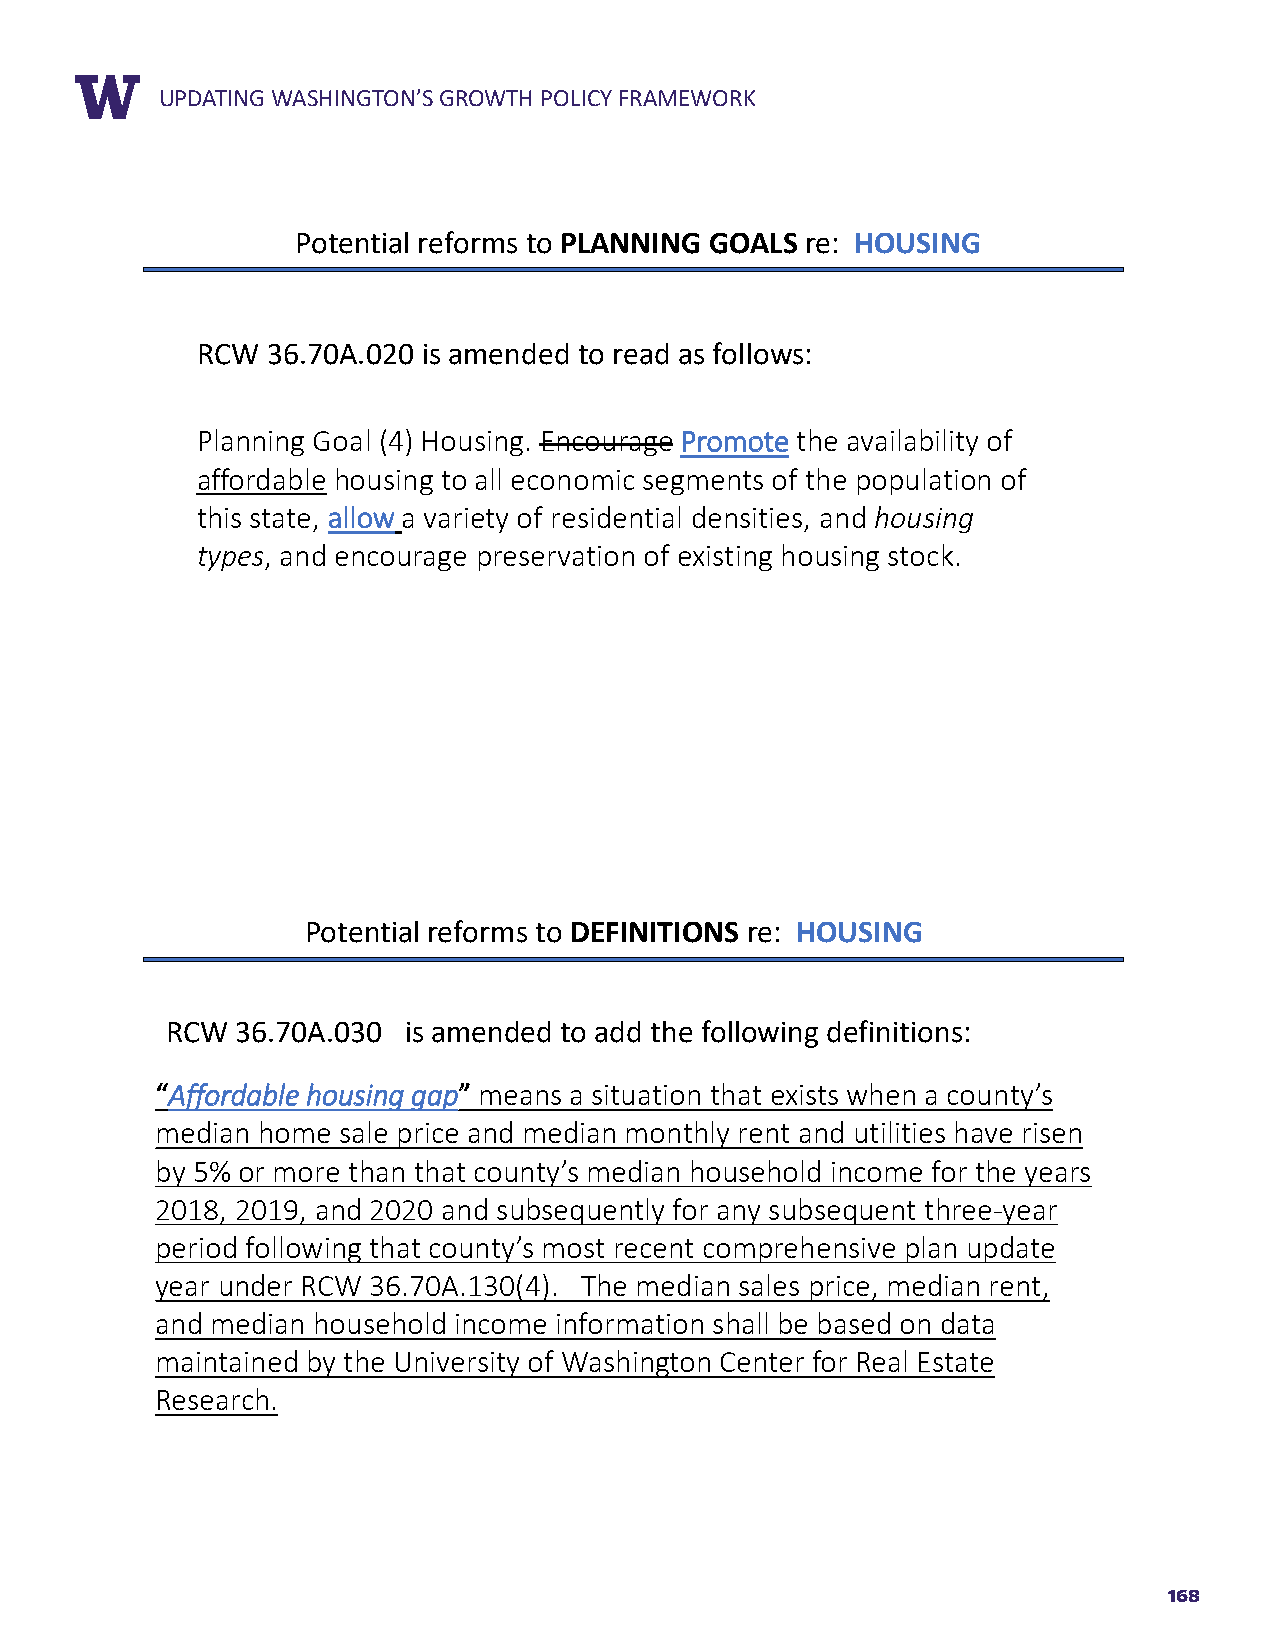
RUEPPDOARTTIN TGIT WLEASHINGTON’S GROWTH POLICY FRAMEWORK
 Potential reforms to PLANNING GOALS re: HOUSING
 RCW  36.70A.020 is amended to read as follows:
 Planning Goal (4) Housing. Encourage PPrroommoottee the availability of
 affordable housing to all economic segments of the population of
 this state, aallllooww a variety of residential densities, and housing
 types, and encourage preservation of existing housing stock.
 Potential reforms to DEFINITIONS re: HOUSING
 RCW  36.70A.030 is amended to add the following definitions:
 ““AAffffoorrddaabbllee hhoouussiinngg ggaapp”” means a situation that exists when a county’s
 median home sale price and median monthly rent and utilities have risen
 by 5% or more than that county’s median household income for the years
 2018, 2019, and 2020 and subsequently for any subsequent three-year
 period following that county’s most recent comprehensive plan update
 year under RCW 36.70A.130(4). The median sales price, median rent,
 and median household income information shall be based on data
 maintained by the University of Washington Center for Real Estate
 Research.
 168